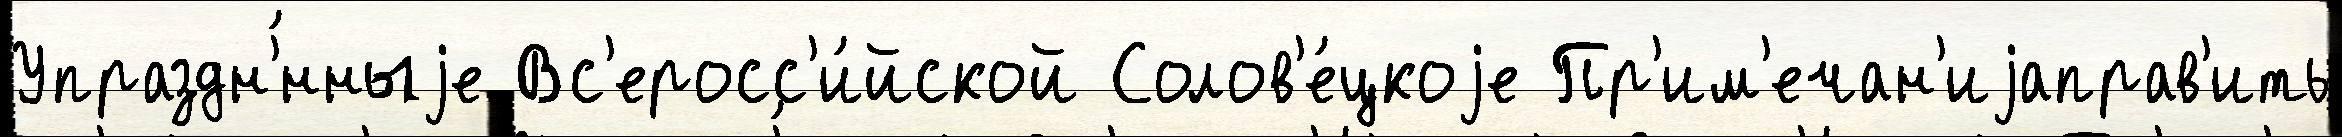
Упраздн'́нныjе Вс'еросс'и́йской Солов'е́цкоjе Пр'им'ечан'иjаправ'ить